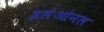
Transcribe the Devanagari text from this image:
इलेओनल